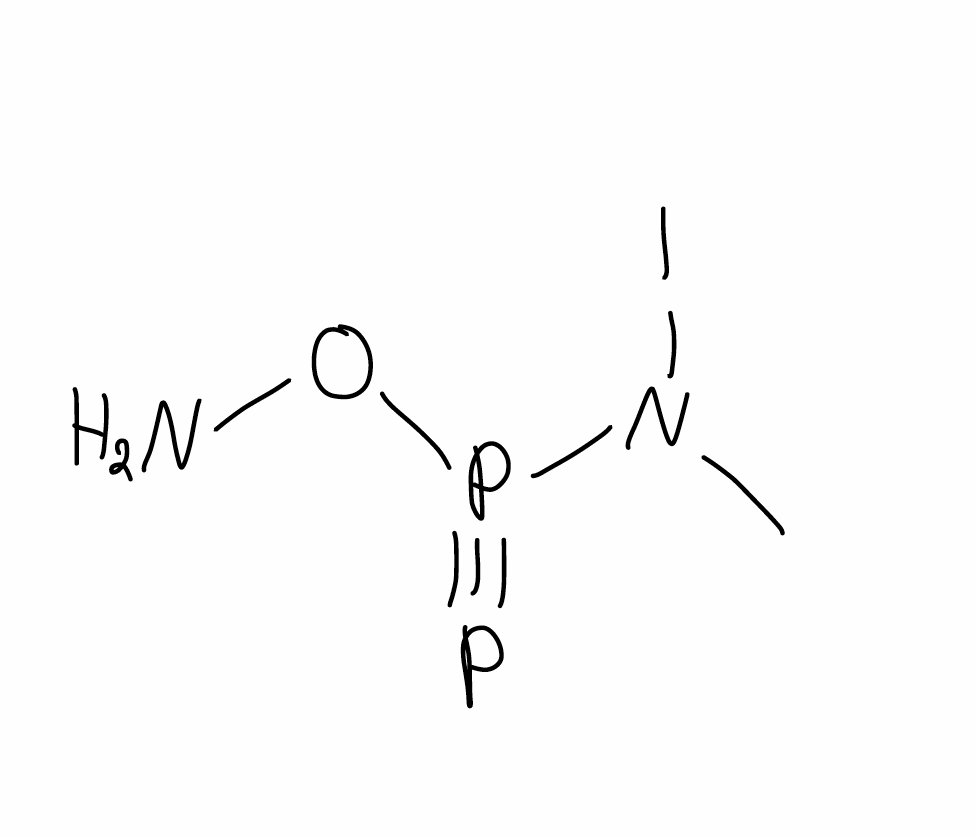
Simplified molecular-input line-entry system (SMILES) notation of the given molecule:
CN(P(#P)ON)I